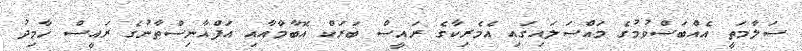
ސަލާމަތީ އެއްބަސްވުމުގެ މައްސަލައިގައި އެމެރިކާގެ ރައީސް ބަރަކް އޮބާމާއާއި އަފްޣާނިސްތާނުގެ ރައީސް ހާމިދު